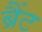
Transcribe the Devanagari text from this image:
ब्रैंट